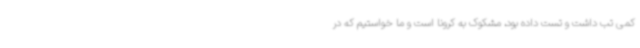
کمی تب داشت و تست داده بود، مشکوک به کرونا است و ما خواستیم که در